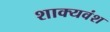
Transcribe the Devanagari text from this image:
शाक्यवंश